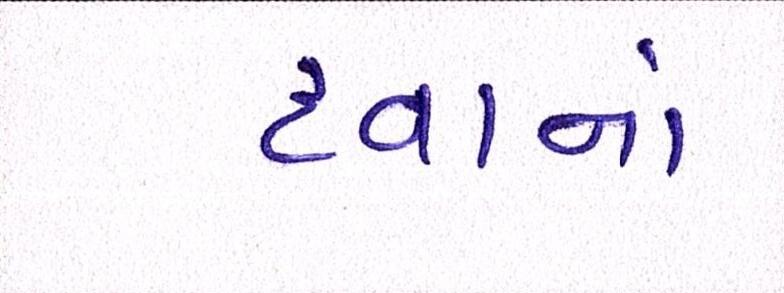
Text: દવાનાં